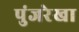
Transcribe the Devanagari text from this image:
पुंजरेखा